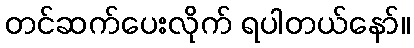
တင်ဆက်ပေးလိုက် ရပါတယ်နော်။